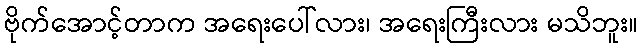
ဗိုက်အောင့်တာက အရေးပေါ်လား၊ အရေးကြီးလား မသိဘူး။